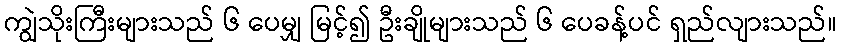
ကျွဲသိုးကြီးများသည် ၆ ပေမျှ မြင့်၍ ဦးချိုများသည် ၆ ပေခန့်ပင် ရှည်လျားသည်။